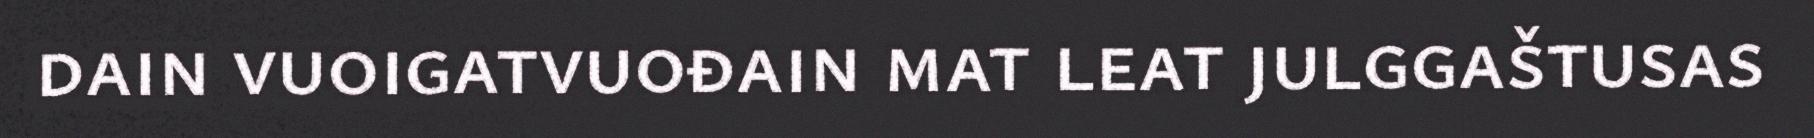
dain vuoigatvuođain mat leat julggaštusas